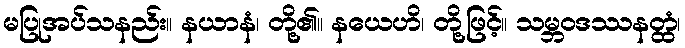
မပြုအပ်သနည်း။ နယာနံ၊ တို့၏။ နယေဟိ၊ တို့ဖြင့်။ သမ္ဘဝဒဿနတ္ထံ၊